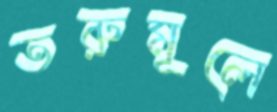
তরুমূলে